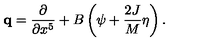
{ \bf q } = { \frac { \partial } { \partial x ^ { 5 } } } + B \left( \psi + { \frac { 2 J } { M } } \eta \right) .